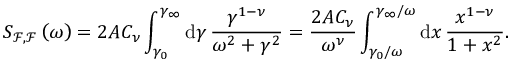
S _ { \mathcal { F } , \mathcal { F } } \left( \omega \right) = 2 A C _ { \nu } \int _ { \gamma _ { 0 } } ^ { \gamma _ { \infty } } \mathrm { d } \gamma \, \frac { \gamma ^ { 1 - \nu } } { \omega ^ { 2 } + \gamma ^ { 2 } } = \frac { 2 A C _ { \nu } } { \omega ^ { \nu } } \int _ { \gamma _ { 0 } / \omega } ^ { \gamma _ { \infty } / \omega } \mathrm { d } x \, \frac { x ^ { 1 - \nu } } { 1 + x ^ { 2 } } .